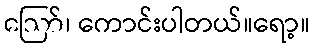
ဪ၊ ကောင်းပါတယ်။ရော့။